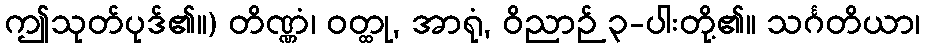
ဤသုတ်ပုဒ်၏။) တိဏ္ဏံ၊ ဝတ္ထု, အာရုံ, ဝိညာဉ် ၃-ပါးတို့၏။ သင်္ဂတိယာ၊